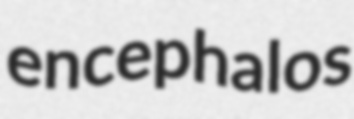
encephalos